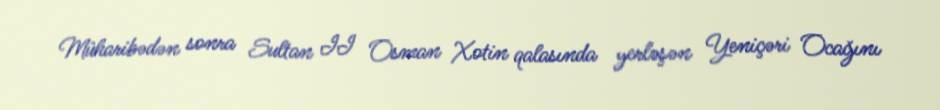
Müharibədən sonra Sultan II Osman Xotin qalasında yerləşən Yeniçəri Ocağını